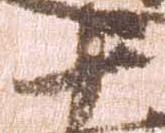
十